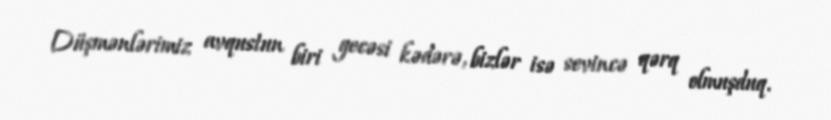
Düşmənlərimiz avqustun biri gecəsi kədərə, bizlər isə sevincə qərq olmuşduq.